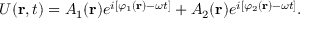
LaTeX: U ( \mathbf { r } , t ) = A _ { 1 } ( \mathbf { r } ) e ^ { i [ \varphi _ { 1 } ( \mathbf { r } ) - \omega t ] } + A _ { 2 } ( \mathbf { r } ) e ^ { i [ \varphi _ { 2 } ( \mathbf { r } ) - \omega t ] } .